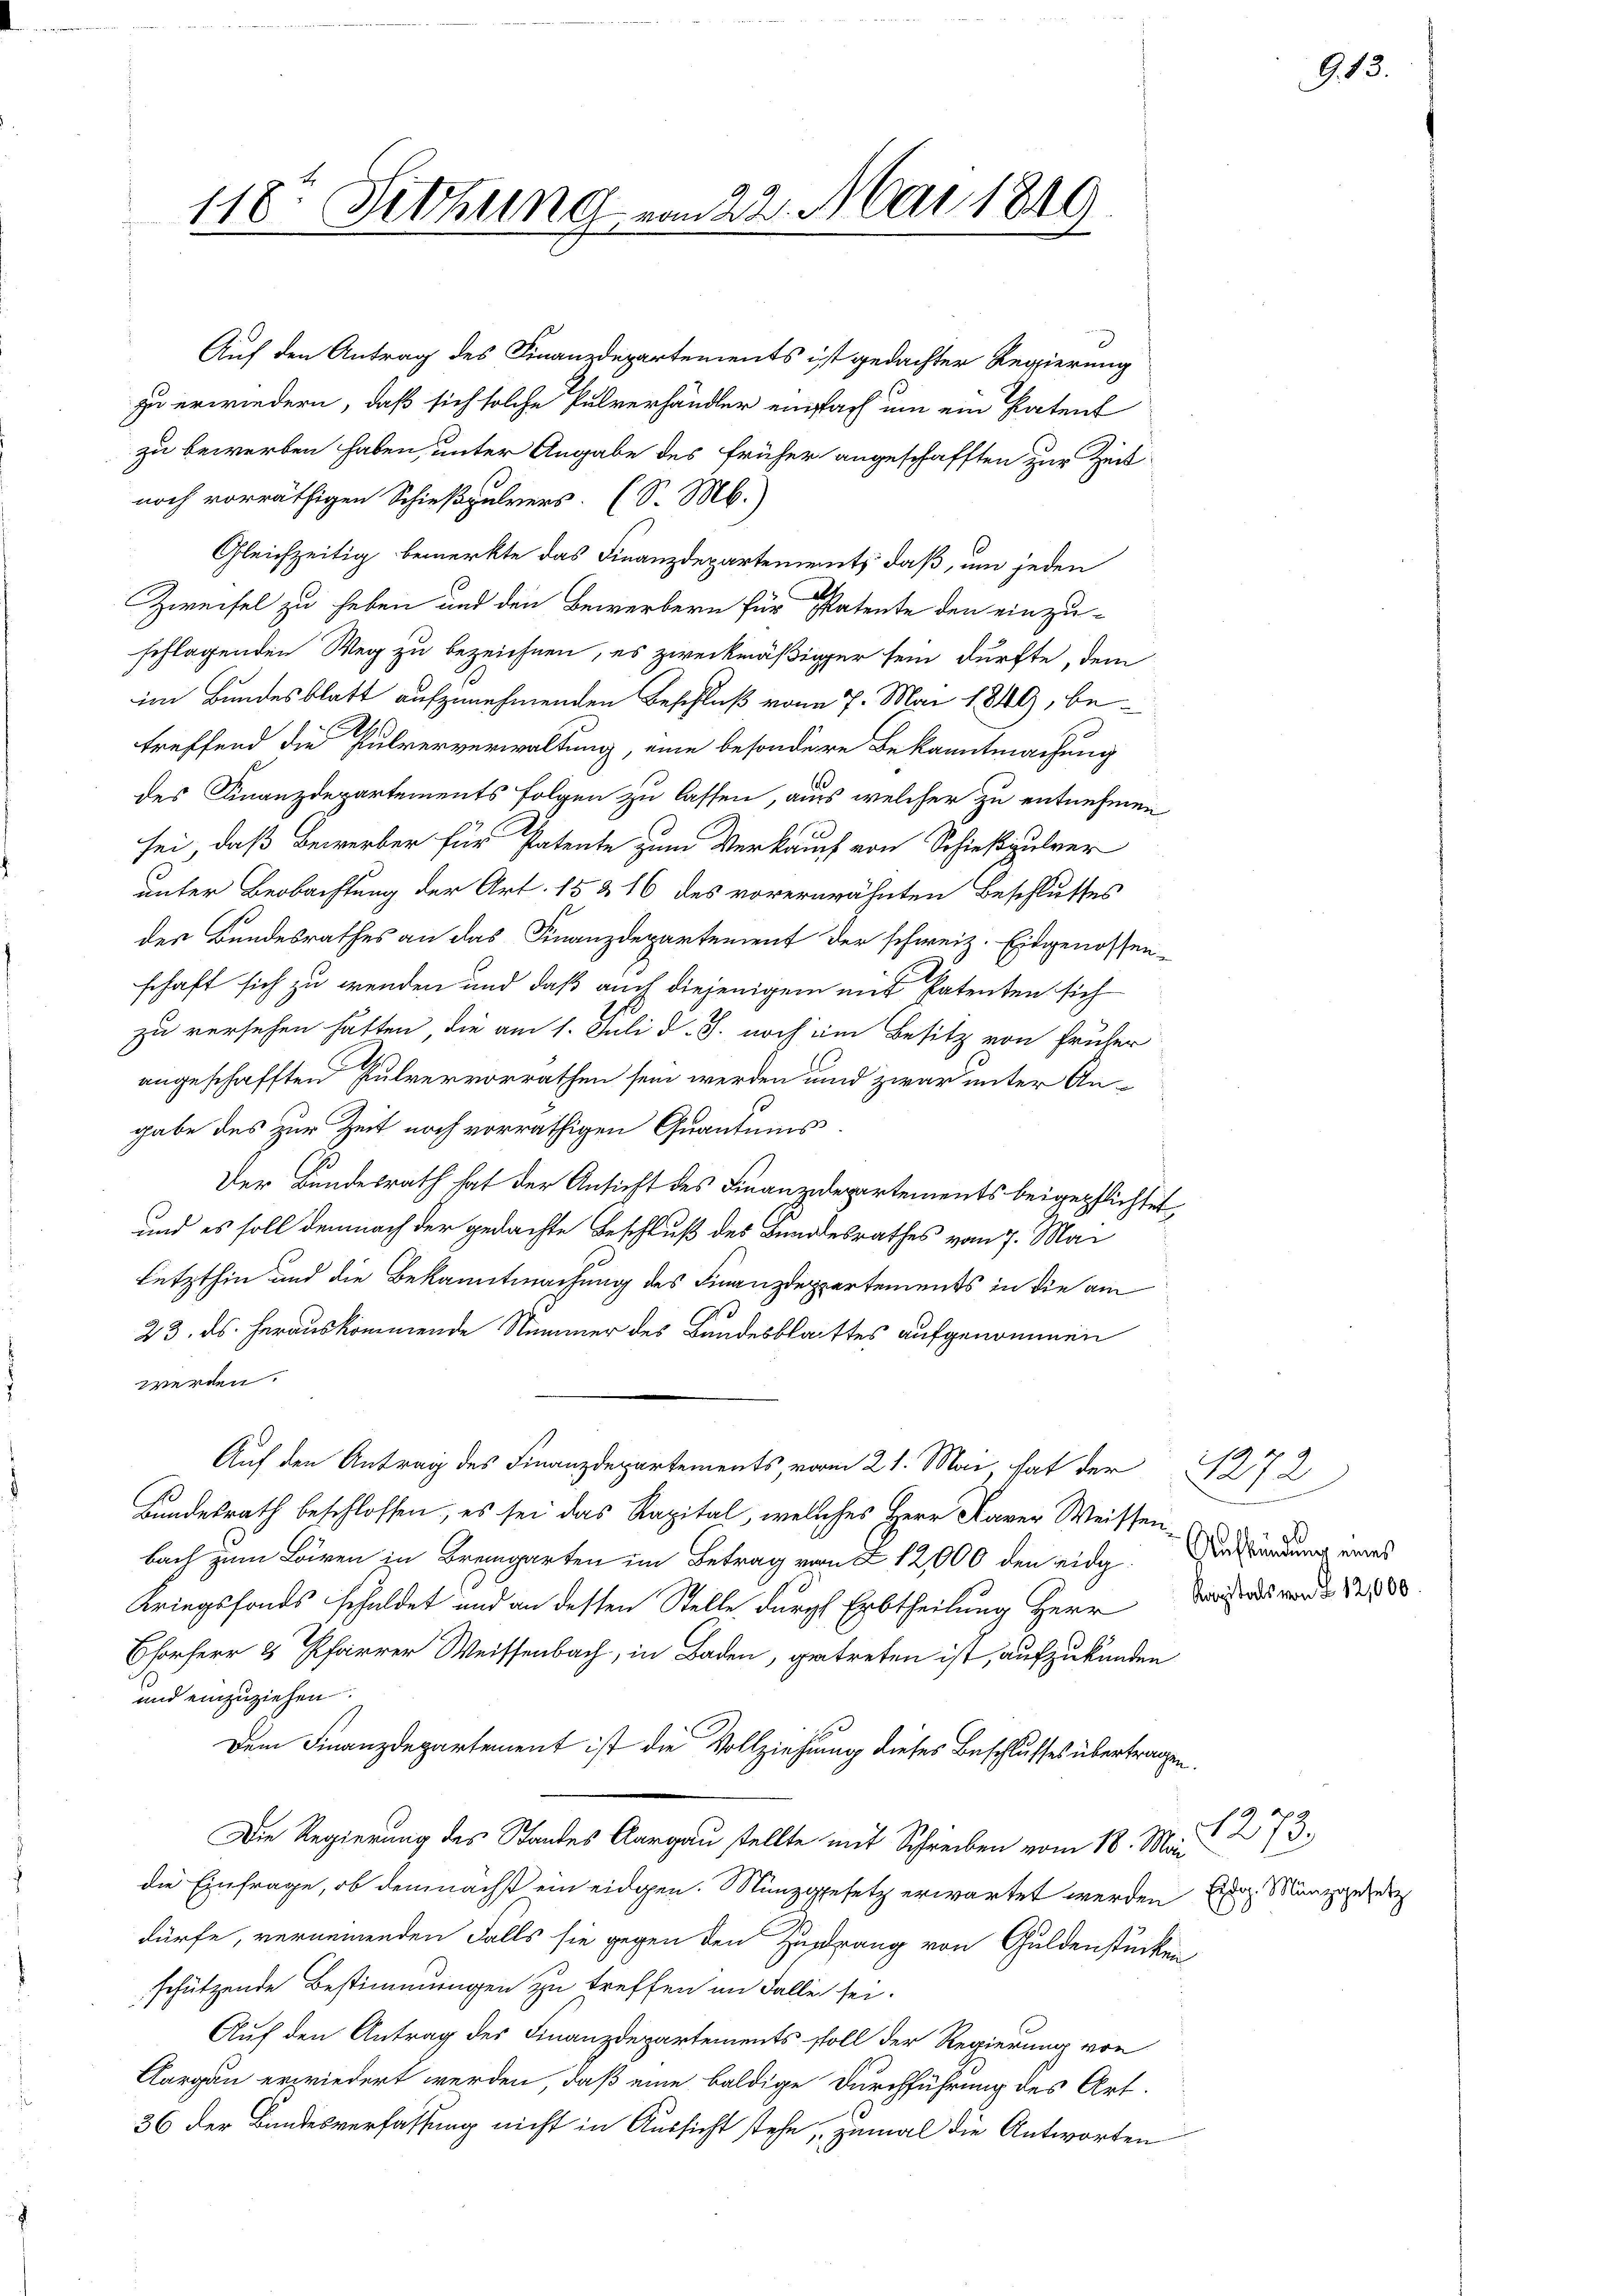
118. Sitzung vom 22. Mai 1849

d
Auf den Antrag des Finanzdepartements ist gedachter Regierung
zu erwiedern, daß sich solche Pulverhändler einfach um ein Patent
zu bewerben haben, unter Angabe des früher angeschafften zur Zeit
noch vorräthigen Schießpulvers. (S. M.)
Gleichzeitig bemerkte das Finanzdepartements, daß, um jeden
Zweifel zu heben und den Bewerbern für Patente den einzu-
schlagenden Weg zu bezeichnen, es zweckmäßiger sein dürfte, dem
im Bundesblatt aufzunehmenden Beschluß vom 7. Mai 1849, betreffend die Pulververwaltung, eine besondere Bekanntmachung
des Finanzdepartements folgen zu lassen, aus welcher zu entnehmen
sei, daß Bewerber für Patente zum Verkauch von Schießpulver
unter Beobachtung der Art. 15 & 16 des vorerwähnten Beschlusses
des Bundesrathes an das Finanzdepartement der schweiz. Eidgenossen-
schaft sich zu wenden und daß auch diejenigem mit Patenten sich
zu versehen hätten, die am 1. Juli d. J. noch im Besitz von früher
angeschafften Pulvervorrathen sein werden und zwar unter An-
gabe des zur Zeit noch vorräthigen Quantums.
Der Bundesrath hat der Ansicht des Finanzdepartements beigepflichtet,
und es soll demnach der gedachte Beschluß des Bundesrathes vom 7. Mai
Letzthin und die Bekanntmachung des Finanzdeppartements in die am
23. ds. herauskommende Nummer des Bundesblattes aufgenommen
werden.
Auf den Antrag des Finanzdepartements, vom 21. Mai hat der
Bundesrath beschlossen, es sei das Kapital, welches Herr Kaver Weissenbach zum Bären in Bremgarten im Betrag vom 2. 12,000 den eidg. Verhindung eines
Kriegsfonds schuldet und an dessen Stelle durch Erbtheilung Herr
Chorherr 8 Pfarrer Weissenbach, in Baden, getreten ist, aufzukünden
und einzuziehen.
Dem Finanzdepartement ist die Vollziehung dieses Beschlusses übertragen.
Die Regierung des Standes Aargau stellte mit Schreiben vom 18. Mai
die Einfrage, ob demnächst ein eidgen. Münzgesetz erwartet werden
dürfe, verneinenden Falls sie gegen den Zudrang von Guldenstücken
schützende Bestimmungen zu treffen im Falle sei.
Auf den Antrag des Finanzdepartements soll der Regierung von
Aargau erwiedert werden, daß eine baldige Durchführung des Art.
36 der Bundesverfassung nicht in Aussicht stehe, zumal die Antworten

913.

172
Kapitals von § 12,000.

1273.
Eidg. Münzgesetz